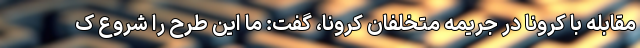
مقابله با کرونا در جریمه متخلفان کرونا، گفت: ما این طرح را شروع ک